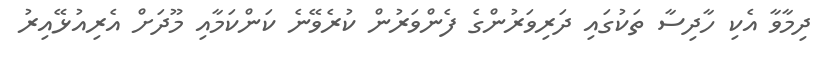
ދިމާވާ އެކި ހާދިސާ ތަކުގައި ދަރިވަރުންގެ ފެންވަރުން ކުރެވޭނެ ކަންކަމާއި މޫދަށް އެރިއުޅޭއިރު